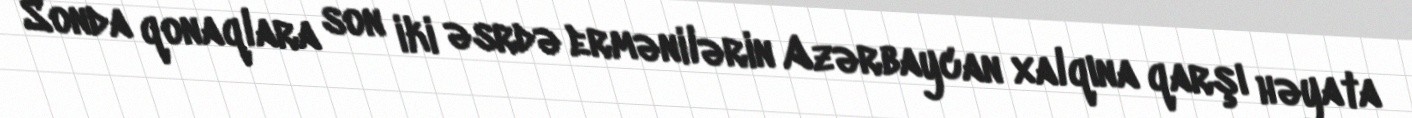
Sonda qonaqlara son iki əsrdə ermənilərin Azərbaycan xalqına qarşı həyata